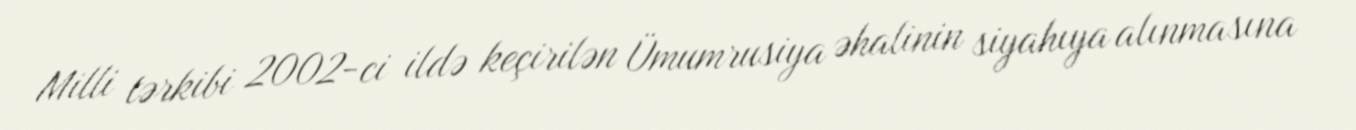
Milli tərkibi 2002-ci ildə keçirilən Ümumrusiya əhalinin siyahıya alınmasına